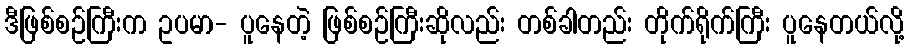
ဒီဖြစ်စဉ်ကြီးက ဥပမာ- ပူနေတဲ့ ဖြစ်စဉ်ကြီးဆိုလည်း တစ်ခါတည်း တိုက်ရိုက်ကြီး ပူနေတယ်လို့